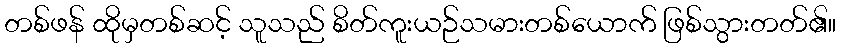
တစ်ဖန် ထိုမှတစ်ဆင့် သူသည် စိတ်ကူးယဉ်သမားတစ်ယောက် ဖြစ်သွားတတ်၏။